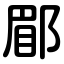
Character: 郿